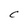
Character: C